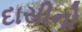
દાસીનો